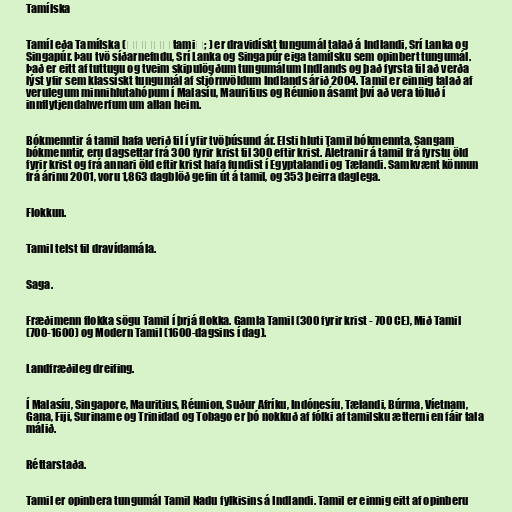
Tamílska

Tamíl eða Tamílska (தமிழ் tamiḻ; ) er dravidískt tungumál talað á Indlandi, Srí Lanka og
Singapúr. Þau tvö síðarnefndu, Srí Lanka og Singapúr eiga tamílsku sem opinbert tungumál.
Það er eitt af tuttugu og tveim skipulögðum tungumálum Indlands og það fyrsta til að verða
lýst yfir sem klassískt tungumál af stjórnvöldum Indlands árið 2004. Tamil er einnig talað af
verulegum minnihlutahópum í Malasíu, Mauritius og Réunion ásamt því að vera töluð í
innflytjendahverfum um allan heim.

Bókmenntir á tamil hafa verið til í yfir tvöþúsund ár. Elsti hluti Tamil bókmennta, Sangam
bókmenntir, eru dagsettar frá 300 fyrir krist til 300 eftir krist. Áletranir á tamil frá fyrstu öld
fyrir krist og frá annari öld eftir krist hafa fundist í Egyptalandi og Tælandi. Samkvænt könnun
frá árinu 2001, voru 1,863 dagblöð gefin út á tamil, og 353 þeirra daglega.

Flokkun.

Tamil telst til dravídamála.

Saga.

Fræðimenn flokka sögu Tamil í þrjá flokka. Gamla Tamil (300 fyrir krist - 700 CE), Mið Tamil
(700-1600) og Modern Tamil (1600-dagsins í dag).

Landfræðileg dreifing.

Í Malasíu, Singapore, Mauritius, Réunion, Suður Afríku, Indónesíu, Tælandi, Búrma, Víetnam,
Gana, Fiji, Suriname og Trinidad og Tobago er þó nokkuð af fólki af tamilsku ætterni en fáir tala
málið.

Réttarstaða.

Tamil er opinbera tungumál Tamil Nadu fylkisins á Indlandi. Tamil er einnig eitt af opinberu